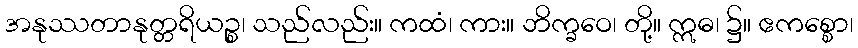
အနုဿတာနုတ္တရိယဉ္စ၊ သည်လည်း။ ကထံ၊ ကား။ ဘိက္ခဝေ၊ တို့။ ဣဓ၊ ၌။ ဧကစ္စော၊